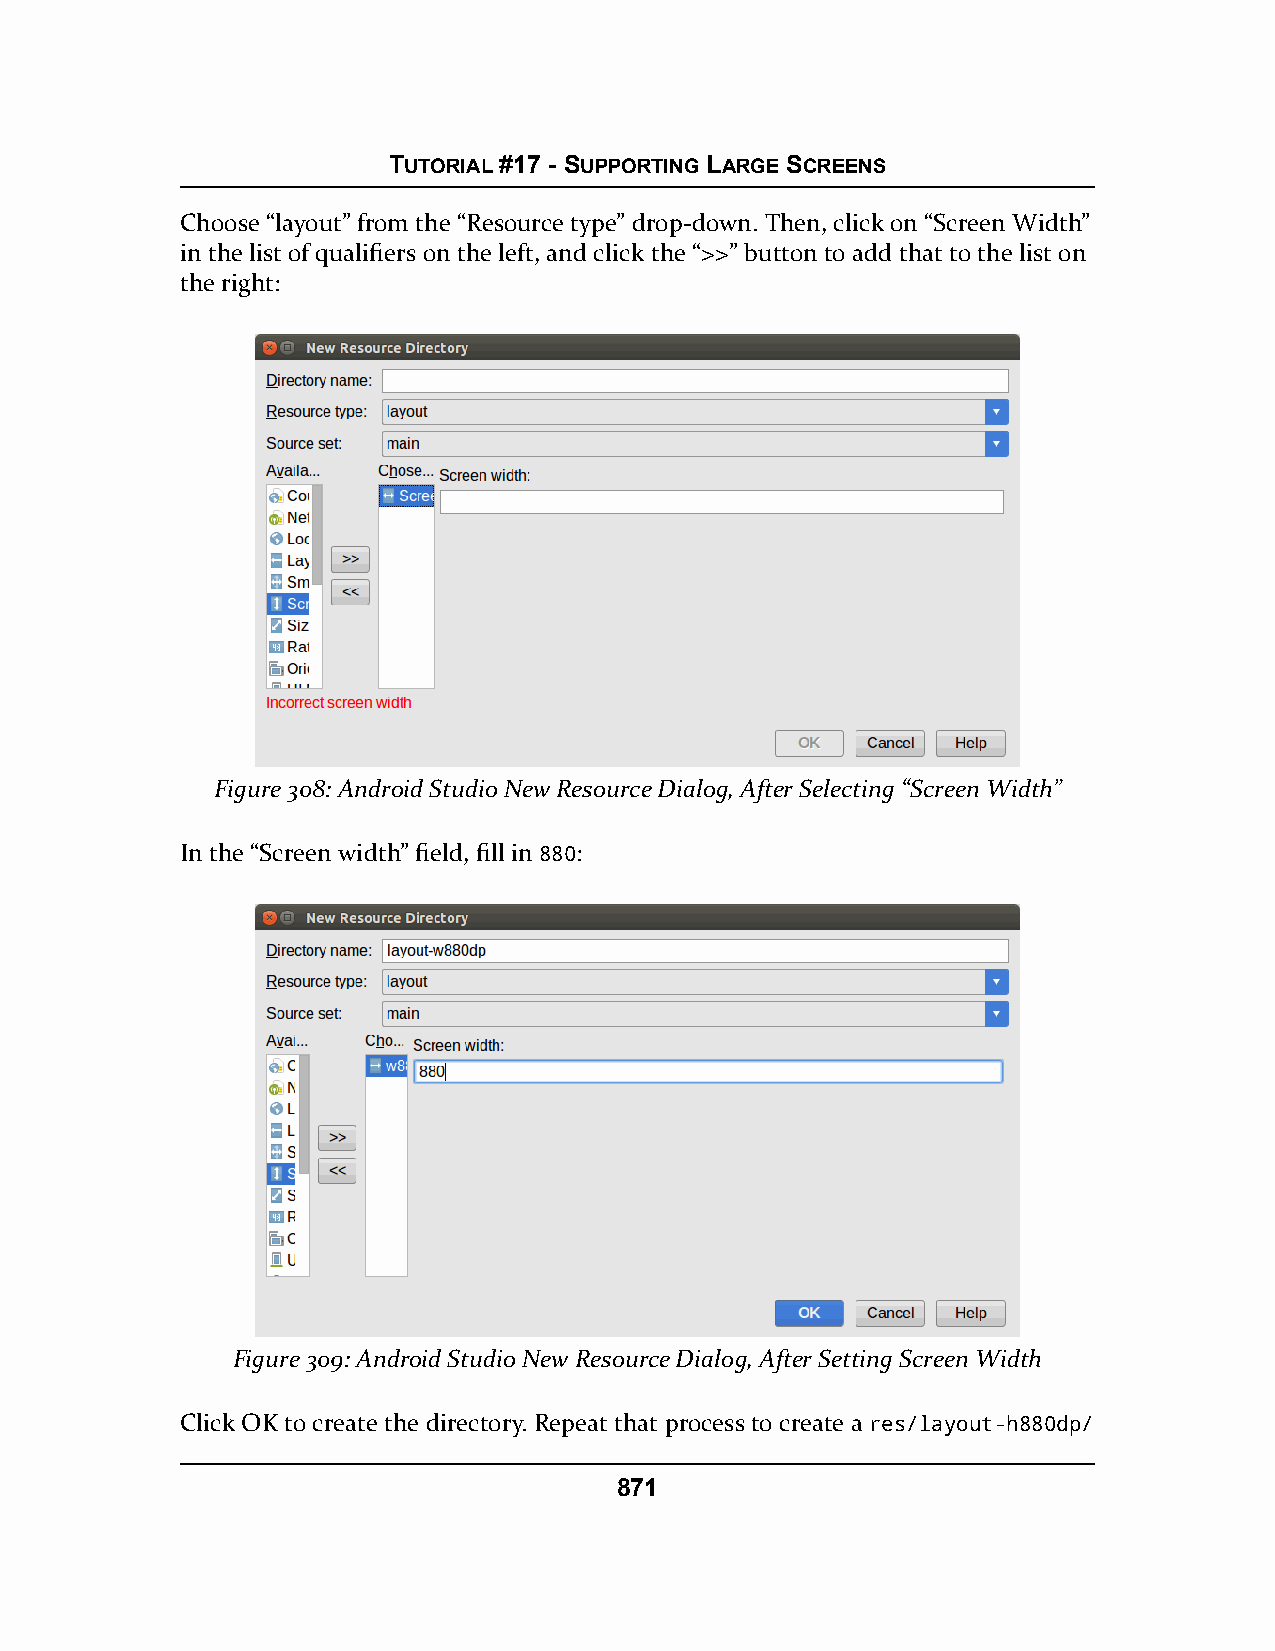
TUTORIAL #17 - SUPPORTING LARGE SCREENS
 Choose “layout” from the “Resource type” drop-down. Then, click on “Screen Width”
 in the list of qualifiers on the left, and click the “>>” button to add that to the list on
 the right:
 Figure 308: Android Studio New Resource Dialog, After Selecting “Screen Width”
 In the “Screen width” field, fill in 880:
 Figure 309: Android Studio New Resource Dialog, After Setting Screen Width
 Click OK to create the directory. Repeat that process to create a res/layout-h880dp/
 871